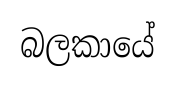
බලකායේ